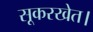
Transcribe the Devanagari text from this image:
सूकरखेत।